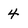
Character: 4